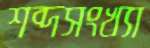
শব্দসংখ্যা